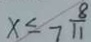
x \leq 7 \frac { 8 } { 1 1 }